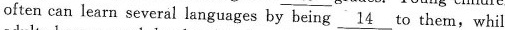
often can learn several languages by being \underline{14} to them, while